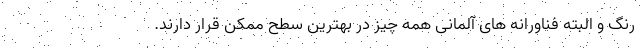
رنگ و البته فناورانه های آلمانی همه چیز در بهترین سطح ممکن قرار دارند.